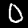
Label: 0